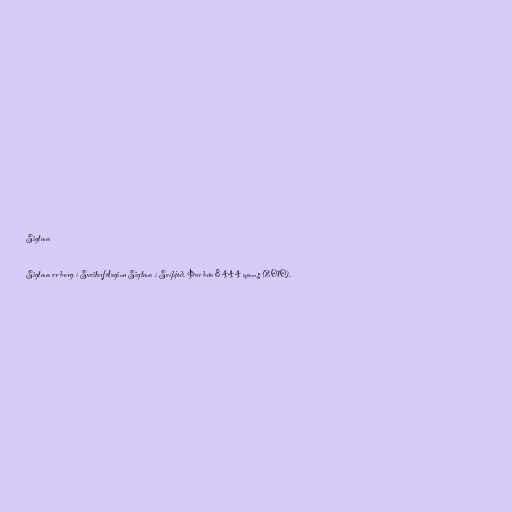
Sigtuna

Sigtuna er borg í Sveitarfélaginu Sigtuna í Svíþjóð. Þar búa 8 444 manns (2010).